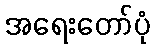
အရေးတော်ပုံ